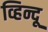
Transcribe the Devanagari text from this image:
व्हिन्दू